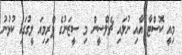
މިއީ ކޮސްޓާ އާއި ނުލައި ޗެލްސީން މި ސީޒަނުގެ ޕްރިމިއަ ލީގުގައި ކުޅުނު